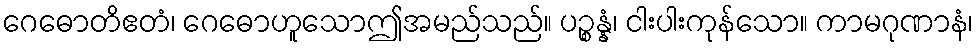
ဂေဓောတိဧတံ၊ ဂေဓောဟူသောဤအမည်သည်။ ပဉ္စန္နံ၊ ငါးပါးကုန်သော။ ကာမဂုဏာနံ၊